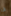
انا